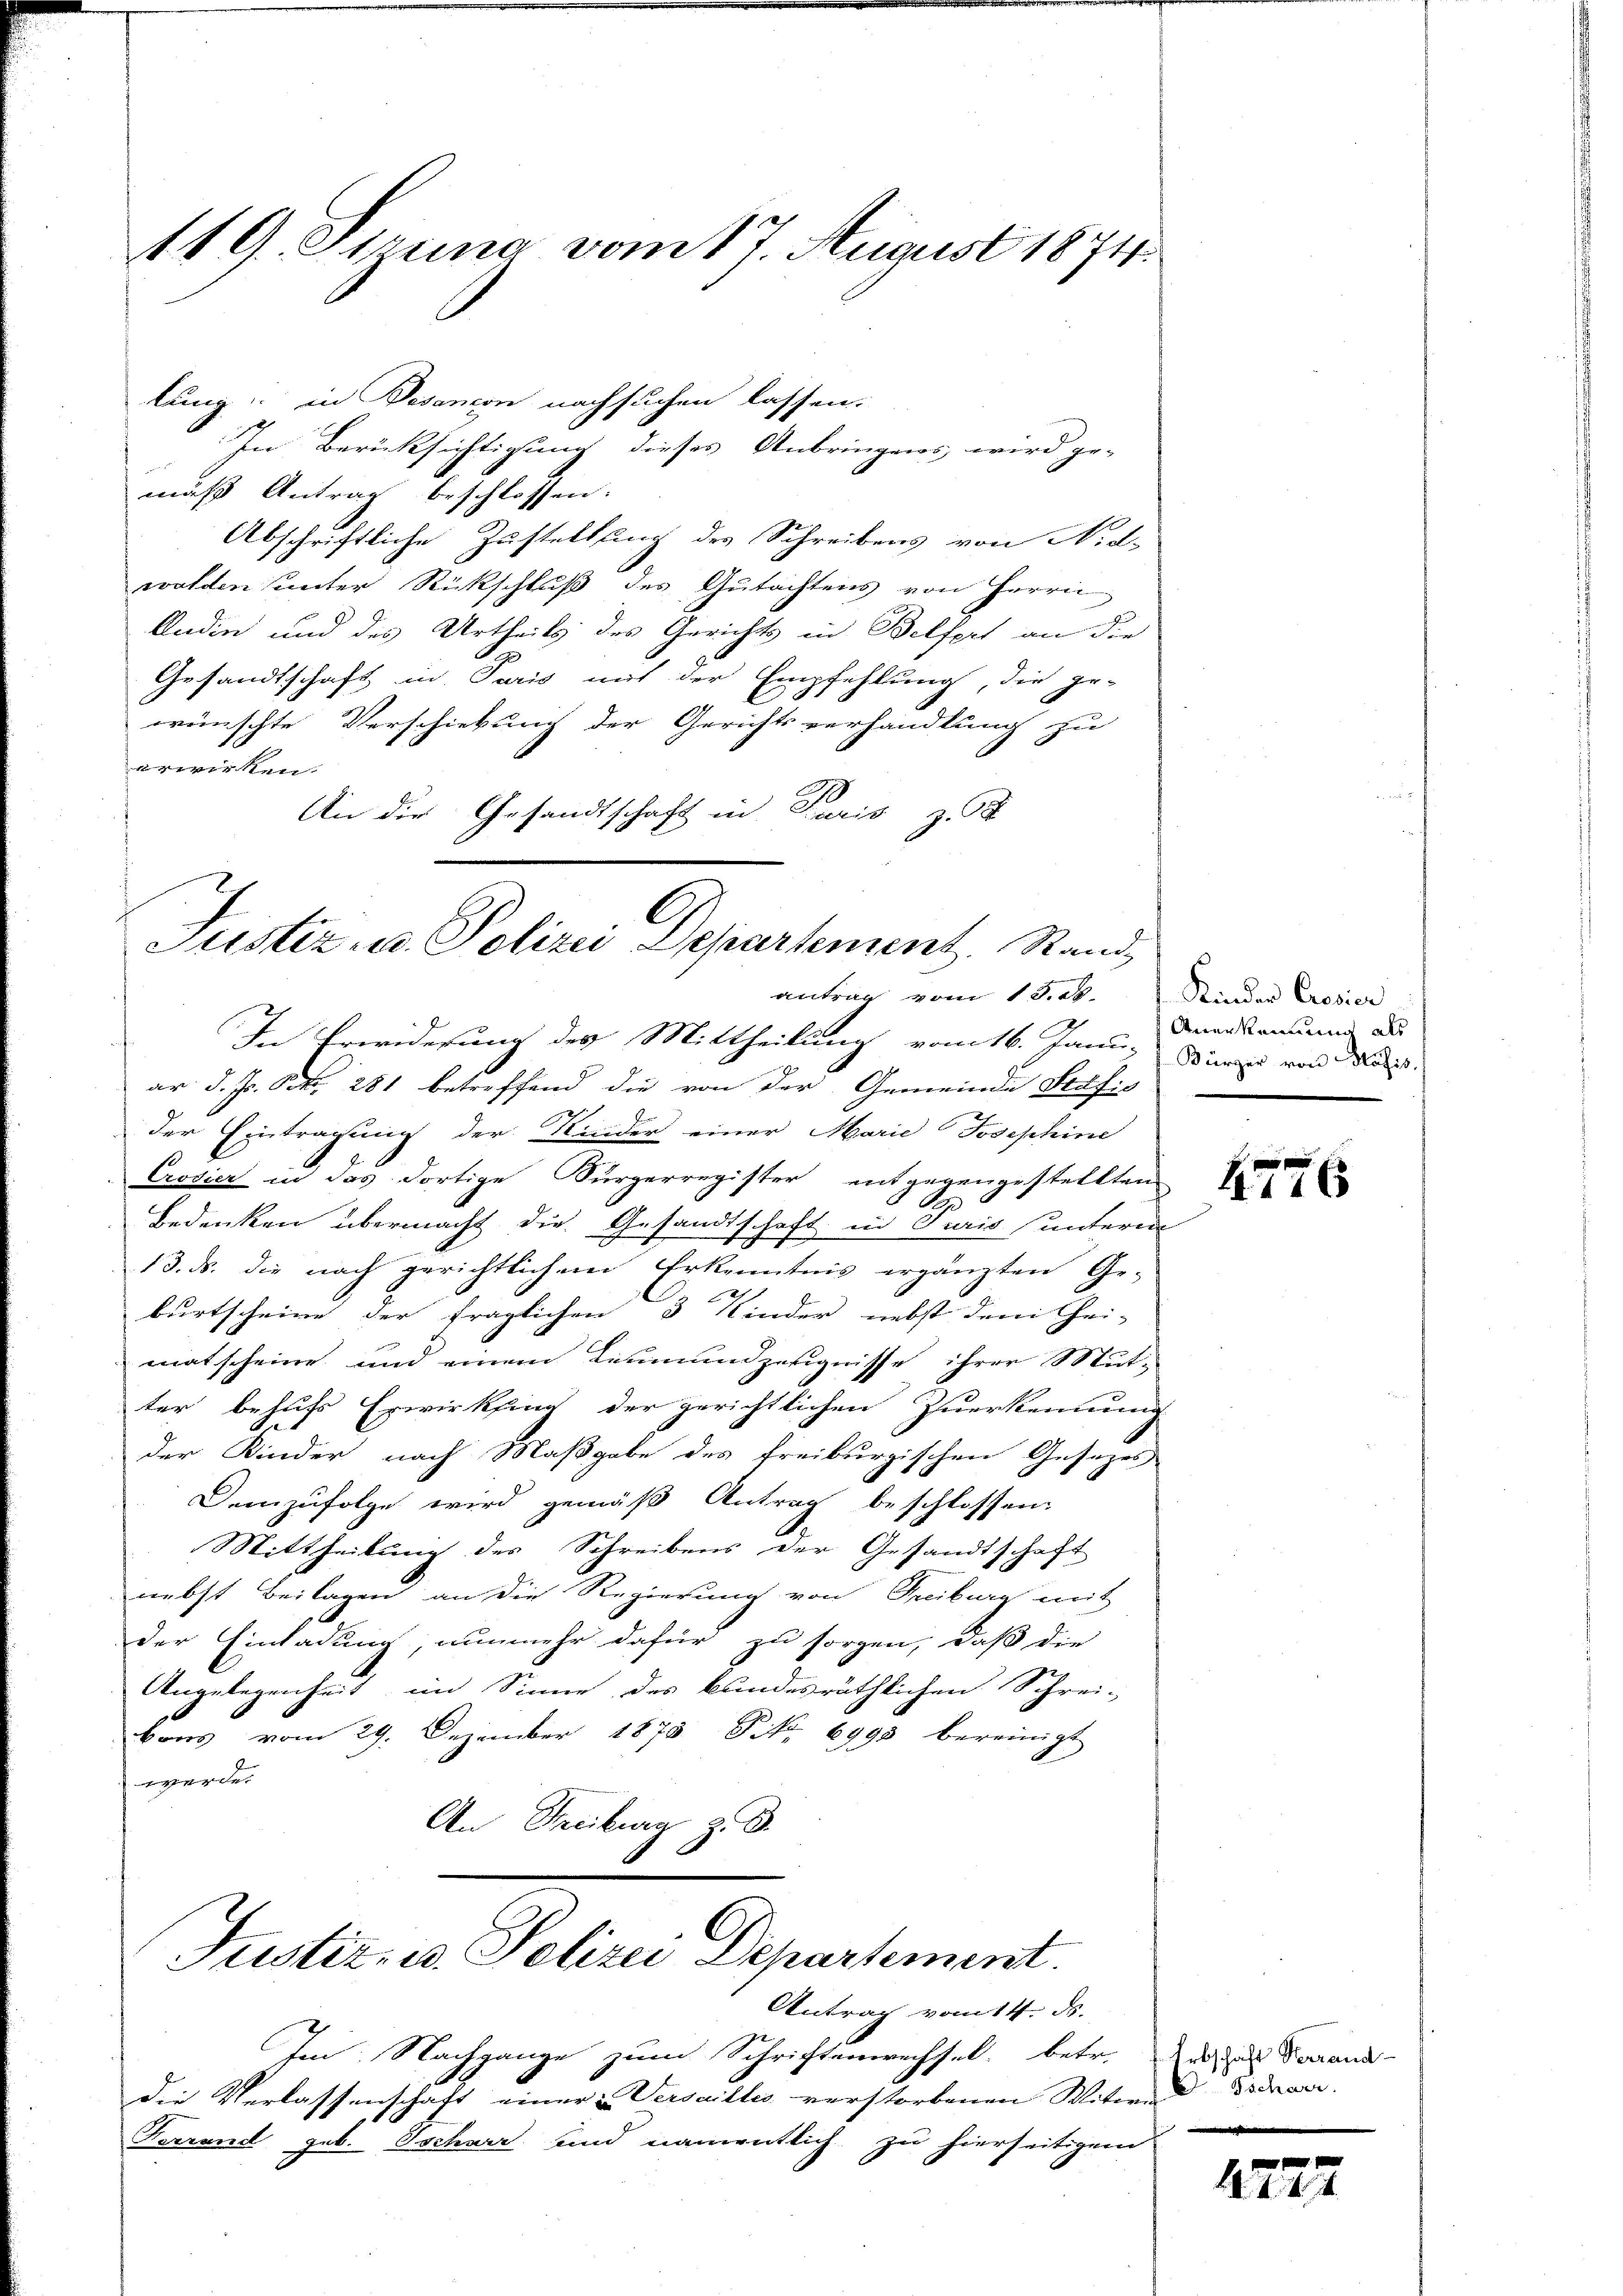
119. Strung vom 17. August 1874.

lung in Basanon nachsuchen lassen.
In Berücksichtigung dieses Anbringens wird ge-
mäß Antrag beschlossen:
Abschriftliche Zustellung des Schreibens von Nid-
walden sunter Rückschluß des Gutachtens von Herrn
Audin und des Urtheils des Gerichts in Belfert an die
Gesandtschaft in Paris mit der Empfehlung, die ge-
wünschte Verschiebung der Gerichtsverhandlung zu
erwirken.
An die Gesandtschaft in Paris z
In Erwiderung des Mittheilung vom 16. Janu Dreikamend d
ar d. Js. Nr. 281 betreffend die von der Gemeinde Prof.
der Eintragung der Kinder einer Marie Josephine
Crosier in das dortige Sürgerregister entgegengestellten
n
Bedenken übermacht die Gesandtschaft in Juris unterm
13. ds. die nach gerichtlichen Erkenntnis ergänzten Ge-
burtscheine der fraglichen 3 Kinder nebst dem Chei-
matscheine und einem Limmandzeugnisse ihrer Mut-
ter behufs Erwirkling der gerichtlichen Zuerkennung
der Kinder nach Maßgabe des freiburgischen Gesezes
Demzufolge wird gemäß Antrag beschlossen:
Mittheilung des Schreibens der Gesandtschaft
nebst Beilagen an die Regierung von Freiburg mit
der Einladung, nunmehr dafür zu sorgen, daß die
Angelegenheit im Sinne des bundesräthlichen Schrei-
vons vom 29. Dezember 1875 S. 6993 bereinigt
werde.
An Freiburg z. B.
Justiz- u. Polizei Departement.
Antrag vom 14. ds.
Im. Nachgange zum Schriftenwechsel. betr.
die Verlassenschaft einer Versailles verstorbenen Witwe Israe
Ferrand geb. Tscharz und namentlich zu hierseitigem

C
Justiz- u. Polizei Departement. Stand,
antrag vom 13. ds.

Kinden Cresier
Kürzer von Käfis.
e

1746

Erbschaft Verrand

2722